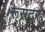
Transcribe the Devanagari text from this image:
रूसटर